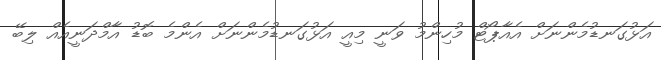
އަޅުގަނޑުމެންނަށް އެއާޕޯޓް މުހިންމު ވަނީ މިއީ އަޅުގަނޑުމެންނަށް އެންމެ ބޮޑު އާމްދަނީއެއް ލިބޭ